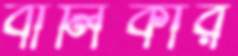
বালিকার